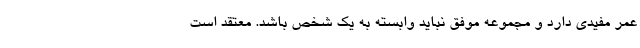
عمر مفیدی دارد و مجموعه موفق نباید وابسته به یک شخص باشد. معتقد است